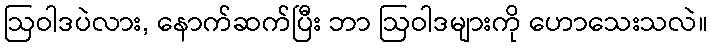
ဩဝါဒပဲလား, နောက်ဆက်ပြီး ဘာ ဩဝါဒများကို ဟောသေးသလဲ။